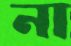
না